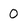
Character: 0